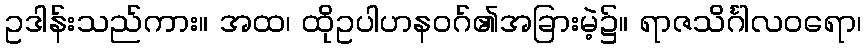
ဥဒါန်းသည်ကား။ အထ၊ ထိုဥပါဟနဝဂ်၏အခြားမဲ့၌။ ရာဇသိင်္ဂါလဝရော၊